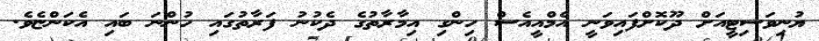
ޔުނިވަސިޓީއަށް ދޫކޮށްފައިވަނީ އެމްއީއެސް ހިންގި އިމާރާތުގެ ދެކުނު ފަރާތުގައި ހުންނަ ބައި އެކަންޏެވެ.